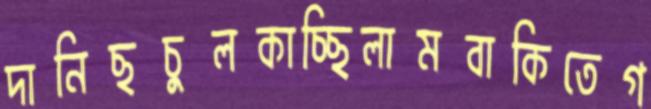
দানিছচুলকাচ্ছিলামবাকিতেগ